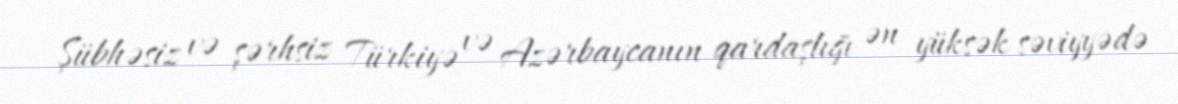
Şübhəsiz və şərhsiz Türkiyə və Azərbaycanın qardaşlığı ən yüksək səviyyədə